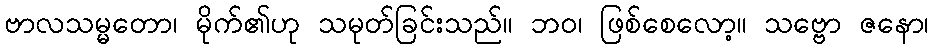
ဗာလသမ္မတော၊ မိုက်၏ဟု သမုတ်ခြင်းသည်။ ဘဝ၊ ဖြစ်စေလော့။ သဗ္ဗော ဇနော၊